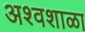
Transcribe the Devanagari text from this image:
अश्वशाळा